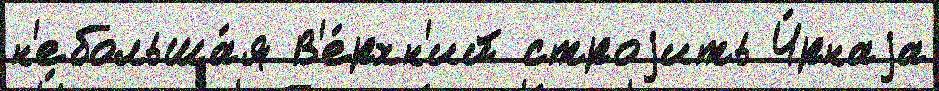
н'ебольша́я В'е́рхн'ий строjить Ч́рнаjа